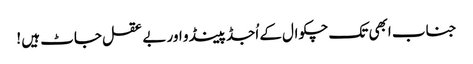
جناب ابھی تک چکوال کے اُجڈ پینڈو اور بے عقل جاٹ ہیں !